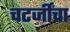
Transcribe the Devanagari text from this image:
चटर्जींचा